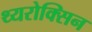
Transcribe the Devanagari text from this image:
थ्यरोक्सिन